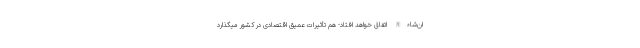
ان‌شاءالله اتّفاق خواهد افتاد- هم تأثیرات عمیق اقتصادی در کشور میگذارد